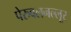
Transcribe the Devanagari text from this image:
पेरुवलनल्लूर